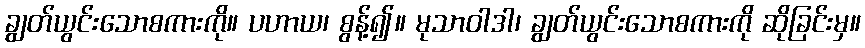
ချွတ်ယွင်းသောစကားကို။ ပဟာယ၊ စွန့်၍။ မုသာဝါဒါ၊ ချွတ်ယွင်းသောစကားကို ဆိုခြင်းမှ။